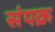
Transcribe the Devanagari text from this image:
संपक्र